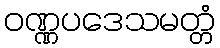
ဝဏ္ဏပဒေသမတ္တံ